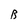
Character: B